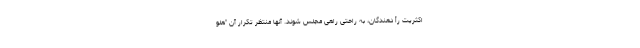
اکثریت رأ دهندگان، به راحتی راهی مجلس شوند. آنها منتظر تکرار آن "هلو